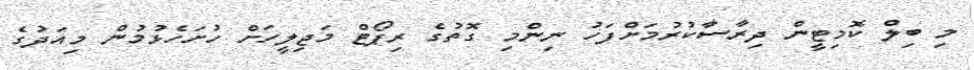
މި ބިލް ކޮމިޓީން ދިރާސާކުރުމަށްފަހު ނިންމި ގޮތުގެ ރިޕޯޓް މަޖިލީހަށް ހުށަހެޅުމުން މިއަދުގެ